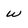
Character: w